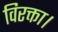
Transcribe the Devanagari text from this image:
विरक्ता।